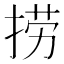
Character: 捞